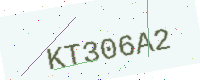
Text: KT306A2